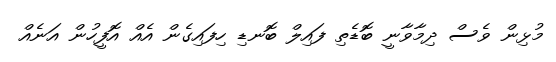
މުޅިން ވެސް ދިމާވާނީ ބޮޑެތި ފައިލް ބޮނޑި ހިފައިގެން އެއް އޮފީހުން އަނެއް